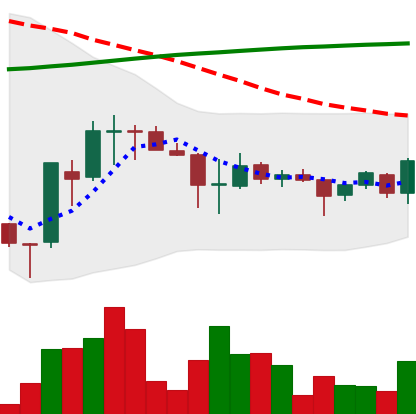
Ticker: EOS-USD
Chart end date: 2018-04-05
Forward return: -6.266%
Label: down_5_7